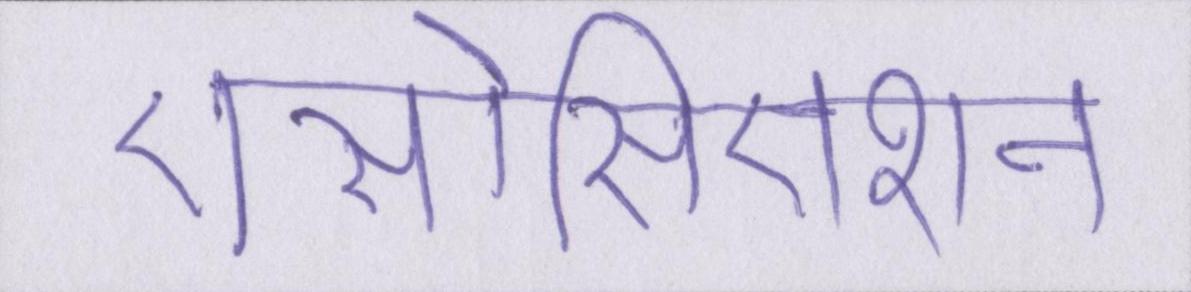
एसोसिएशन